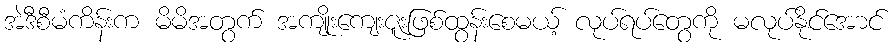
အဲဒီစီမံကိန်းက မိမိအတွက် အကျိုးကျေးဇူးဖြစ်ထွန်းစေမယ့် လုပ်ရပ်တွေကို မလုပ်နိုင်အောင်